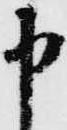
申